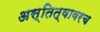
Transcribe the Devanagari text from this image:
अस्तित्वावरच